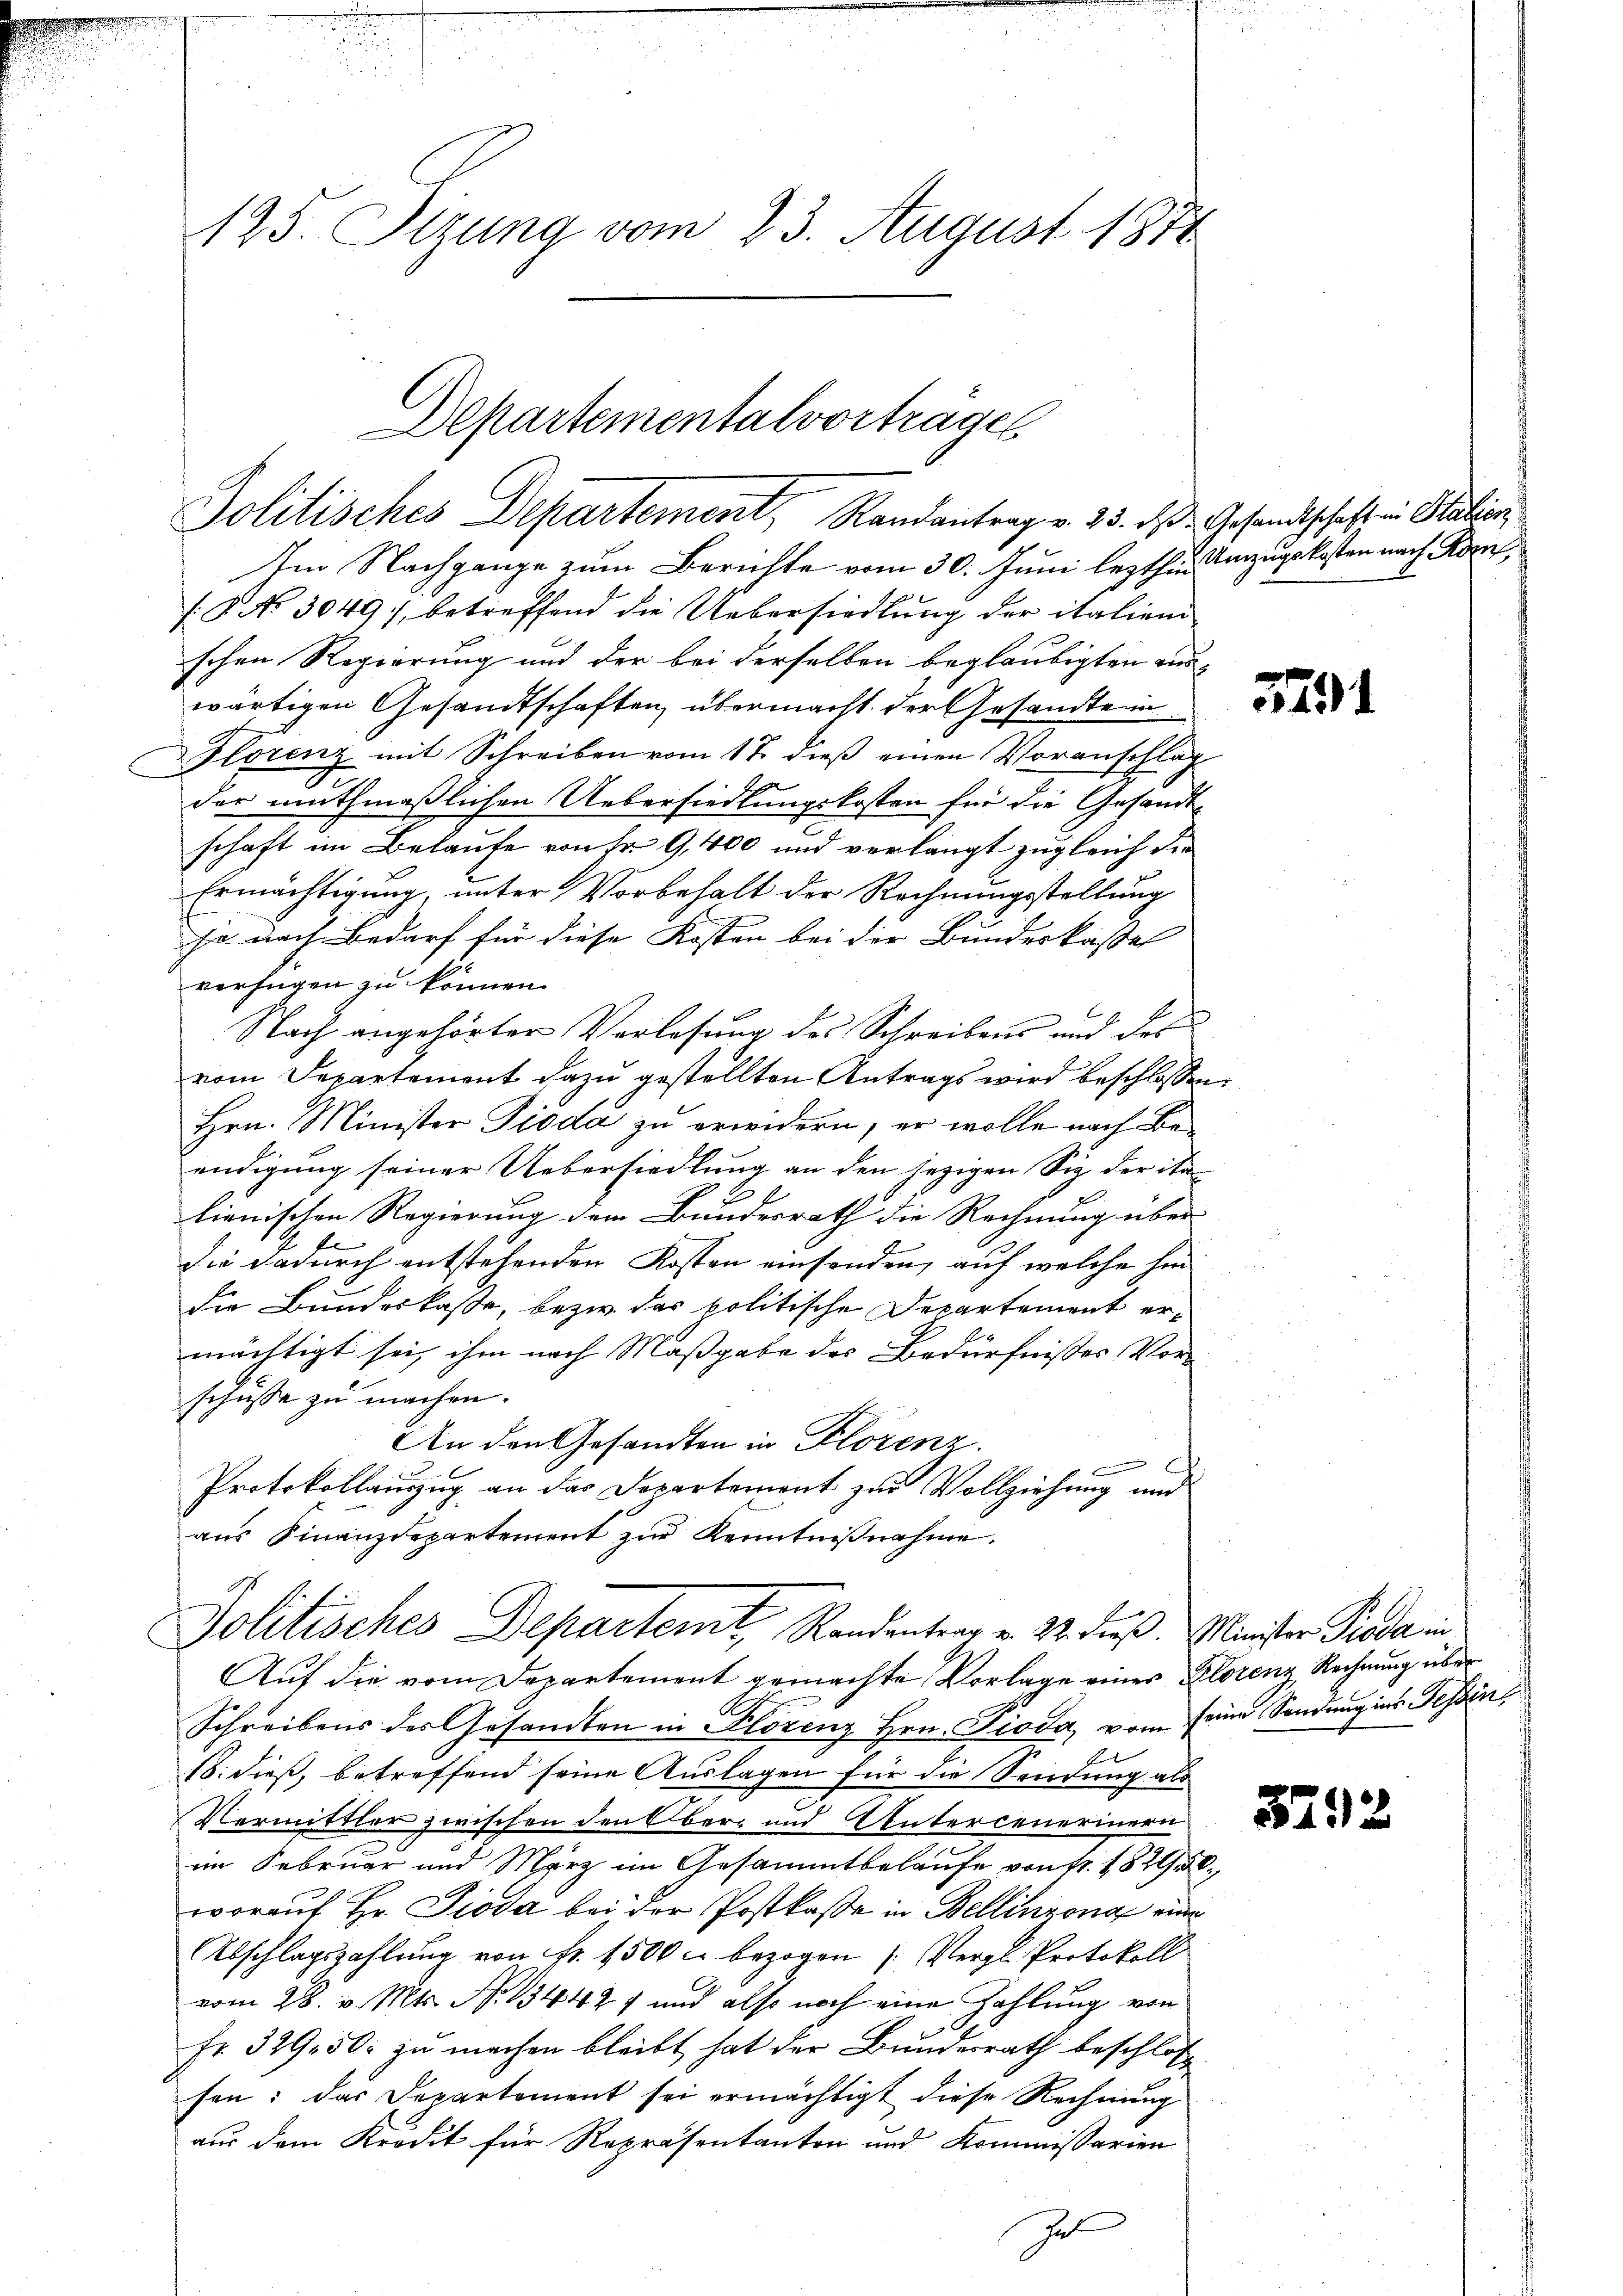
125. Sizung vom 23. August 1874

Departementalvorträgen
Jolitisches Departement, Randantrag v. 25. ds Gesandtschaft in Station

Im Nachgange zum Berichte vom 30. Juni lezthin anzugekosten nach Korn
: No 3049), betreffend die Uebersiedlung der italieni
schen Regierung und der bei derselben beglaubigten Auswärtigen Gesandtschaften übermacht der Gesandte in
Florenz mit Schreiben vom 17. dieß einen Voranschlag
der muthmaßlichen Uebersiedlungskosten für die Gesandt-
schaft im Belaufe von Fr. 9,400 und verlangt zugleich die
Ermächtigung, unter Vorbehalt der Rechnungsstellung
ja nach Bedarf für diese Kosten bei der Bundeskassel
verfügen zu können.
Nach angehörter Verlesung des Schreibens und des
vom Departement dazu gestellten Antrags wird beschlossen
Hrn. Minister Pioda zu erwidern; er wolle nach Be-
endigung seiner Uebersiedlung an den jezigen Siz der ita
lienischen Regierung dem Bundesrath die Rechnung über-
die dadurch entstehenden Kosten einsenden, auf welche hin
die Bundeskasse, bezw. das politische Departement ermächtigt sei, ihm nach Maßgabe des Bedürfnisses Vor-
schüsse zu machen.
An den Gesandten in Florenz.
c
Protokollanzzug an das Dopartement zur Vollziehung und
ans Finanzdepartement zŭr Kenntniβnahme.
Politisches Departemt, Randantrag v. 22. dieß. Minister Pioda in
Auf die vom Departement gemachte Vorlage eines Klorenz Rechnung über
Schreibens des Gesandten in Klorenz Hrn. Pioda, vom seine Sendung ins Tessin,
18. dieß, betreffend seine Auslagen für die Sendung als
Vermittler zwischen den Ober- und Untercenerinern
im Februar und März im Gesammtbelaufe von 11. 1824
worauf Hr. Pioda bei der Postkasse in Bellinzona eine
Abschlagszahlung von Fr. 1500 c. bezogen (Vergl. Protokoll
vom 28. v. Mts. No. 134427 und also noch eine Zahlung von
Fr. 329, 50. zu machen bleibt hat der Bundesrath beschloß
sen; das Departement sei ermächtigt diese Rechnung
aus dem Kredit für Repräsentanton und Kommissarien

2

591

3292